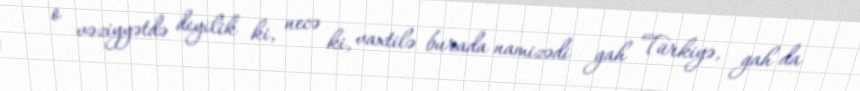
o vəziyyətdə deyilik ki, necə ki, vaxtilə burada namizədi gah Türkiyə, gah da